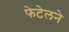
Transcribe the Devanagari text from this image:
फेटेलने